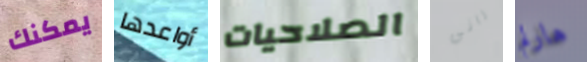
يمكنك أواعدها الصلاحيات راني هارلم